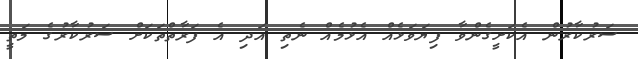
ސަރުކާރުން އެކަށީގެންވާ ފިޔަވަޅެއް އެޅުމެއް ނެތި އަދި އެ ފަރާތްތަކަށް ސަރުކާރުގެ މަތީ